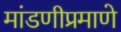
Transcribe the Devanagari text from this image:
मांडणीप्रमाणे